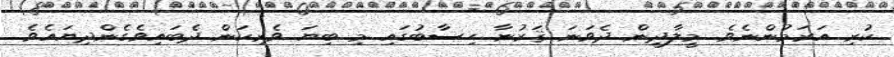
ކުރި އަރަމުންނެވެ. މީލާދީން ދެވަނަ ޤަރުނާ ހިސާބުގައި މި ބިޔަ ވެރިކަން ދެބައިވެގެންދިޔައެވެ.